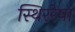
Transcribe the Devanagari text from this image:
स्थिररेषा